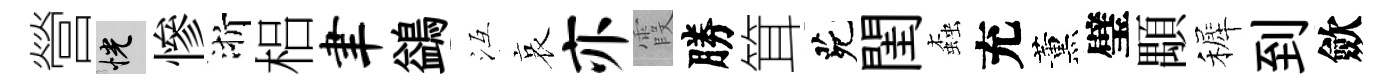
營恍慘浙梠聿鷁冱哀亦霞勝䇯茕閨螙充薰璧顒裤到歛